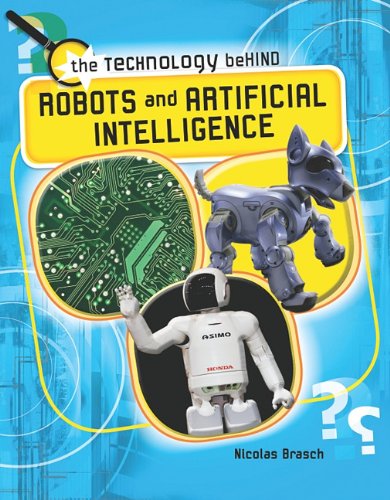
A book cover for Robots and Artificial Intelligence (The Technology Behind); Nicolas Brasch; Children's Books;